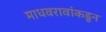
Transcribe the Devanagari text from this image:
माधवरावांकडून